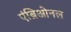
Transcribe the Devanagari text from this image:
एंब्रिओनल